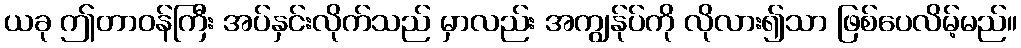
ယခု ဤတာဝန်ကြီး အပ်နှင်းလိုက်သည် မှာလည်း အကျွန်ုပ်ကို လိုလား၍သာ ဖြစ်ပေလိမ့်မည်။